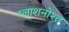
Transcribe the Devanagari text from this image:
ग्लाशनोश्त